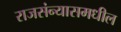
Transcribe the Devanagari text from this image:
राजसंन्यासमधील